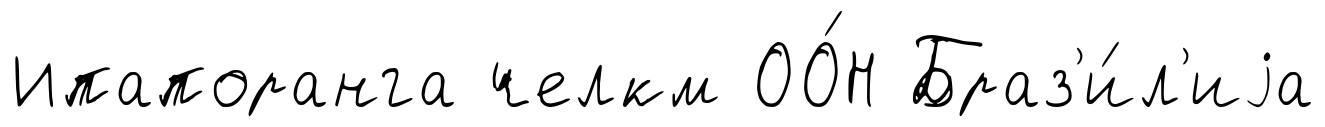
Ипапоранга челкм ОО́Н Браз'и́л'иjа